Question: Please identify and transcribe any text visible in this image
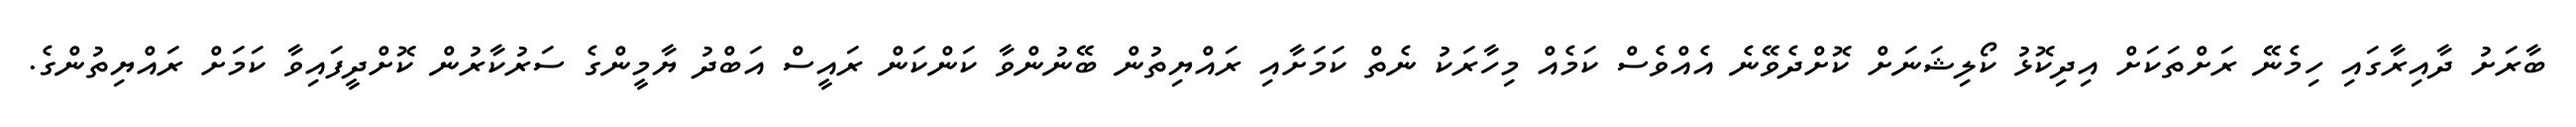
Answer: ބާރަށު ދާއިރާގައި ހިމެނޭ ރަށްތަކަށް އިދިކޮޅު ކޯލިޝަނަށް ކޮށްދެވޭނެ އެއްވެސް ކަމެއް މިހާރަކު ނެތް ކަމަށާއި ރައްޔިތުން ބޭނުންވާ ކަންކަން ރައީސް އަބްދު ޔާމީންގެ ސަރުކާރުން ކޮށްދީފައިވާ ކަމަށް ރައްޔިތުންގެ.